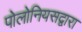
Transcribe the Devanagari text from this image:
पोलोनियसद्वारा